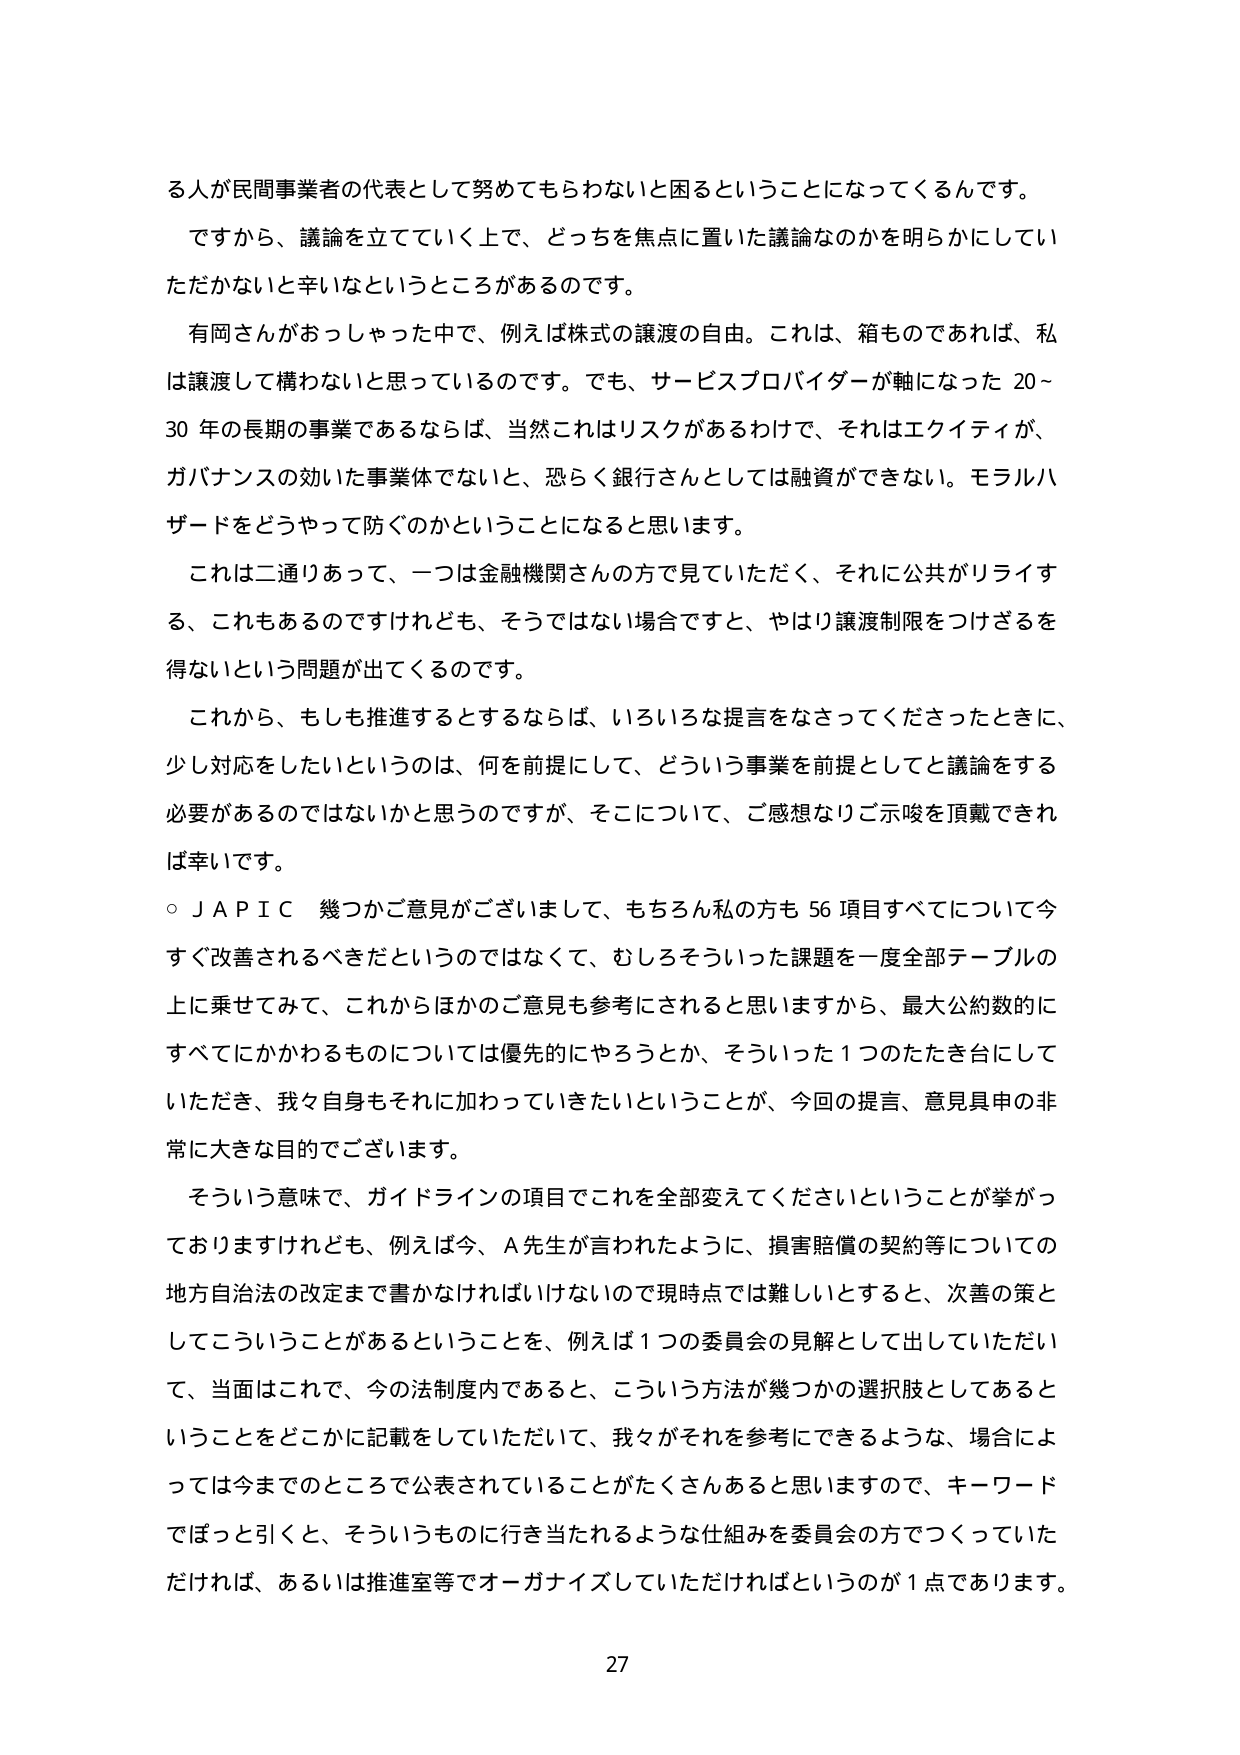
る人が民間事業者の代表として努めてもらわないと困ということになってくるんです。

ですから、議論を立てていく上で、どっちを焦点に置いた議論なのかを明らかにしていただかないと辛いなというところがあるのです。

有岡さんがおっしゃった中で、例えば株式の譲渡の自由。これは、箱ものであれば、私は譲渡して構わないと思っているのです。でも、サービスプロバイダーが軸になった20～30年の長期の事業であるならば、当然これはリスクがあるわけで、それはエクイティが、ガバナンスの効いた事業体でないと、恐らく銀行さんとしては融資ができない。モラルハザードをどうやって防ぐのかということになると思います。

これは二通りあって、一つは金融機関さんの方で見ていただく、それに公共がリライする、これもあるのですけれども、そうではない場合ですと、やはり譲渡制限をつけざるを得ないという問題が出てくるのです。

これから、もしも推進するとするならば、いろいろな提言をなさってくださったときに、少し対応をしたいというのは、何を前提にして、どういう事業を前提として議論をする必要があるのではないかと思うのですが、そこについて、ご感想なりご示唆を頂戴できれば幸いです。

○ＪＡＰＩＣ　幾つかご意見がございまして、もちろん私の方も56項目すべてについて今すぐ改善されるべきだというのではなくて、むしろそういった課題を一度全部テーブルの上に乗せてみて、これからほかのご意見も参考にされると思いますから、最大公約数的にすべてにかかわるものについては優先的にやろうとか、そういった1つのたたき台にしていただき、我々自身もそれに加わっていきたいということが、今回の提言、意見具申の非常に大きな目的でございます。

そういう意味で、ガイドラインの項目でこれを全部変えてくださいということが挙がっておりますけれども、例えば今、Ａ先生が言われたように、損害賠償の契約等についての地方自治法の改定まで書かなければならないので現時点では難しいとすると、次善の策としてこういうことがあるということを、例えば1つの委員会の見解として出していただいて、当面はこれで、今の法制度内であると、こういう方法が幾つかの選択肢としてあるということをどこかに記載をしていただいて、我々がそれを参考にできるような、場合によっては今までのところで公表されていることがたくさんあると思いますので、キーワードでほっと引くと、そういうものに行き当たれるような仕組みを委員会の方でつくっていただければ、あるいは推進室等でオーガナイズしていただければというのが1点であります。

27